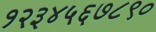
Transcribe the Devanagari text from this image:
१२३४५६७८९०